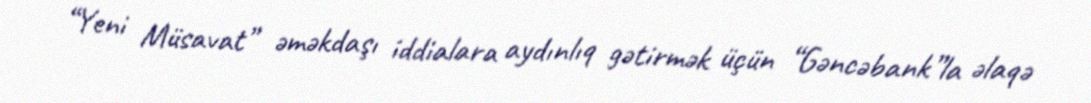
“Yeni Müsavat” əməkdaşı iddialara aydınlıq gətirmək üçün “Gəncəbank”la əlaqə